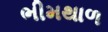
ભીમથાળ